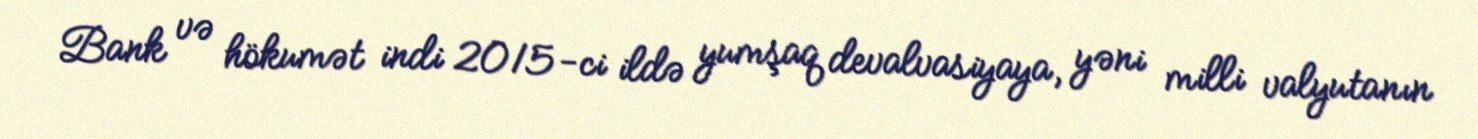
Bank və hökumət indi 2015-ci ildə yumşaq devalvasiyaya, yəni milli valyutanın